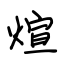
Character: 煊